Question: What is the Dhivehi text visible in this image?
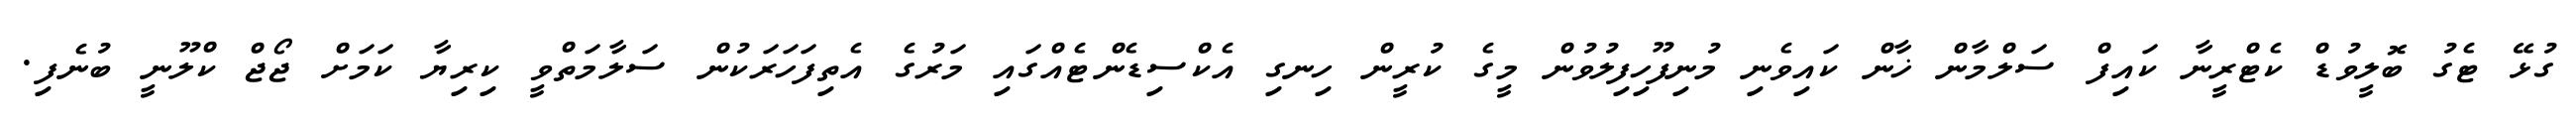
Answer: ގުޅޭ ޓެގު ބޮލީވުޑް ކެޓްރީނާ ކައިފް ސަލްމާން ޚާން ކައިވެނި މުނިފޫހިފިލުވުން މީގެ ކުރީން ހިނގި އެކްސިޑެންޓެއްގައި މަރުގެ އެތިފަހަރަކުން ސަލާމަތްވީ ކިރިޔާ ކަމަށް ޖޯޖް ކްލޫނީ ބުނެފި.